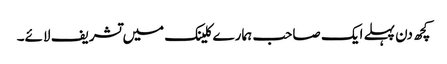
کچھ دن پہلے ایک صاحب ہمارے کلینک میں تشریف لائے۔